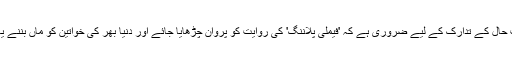
اخبار نے لکھا ہے کہ اس ممکنہ صورتِ حال کے تدارک کے لیے ضروری ہے کہ 'فیملی پلاننگ' کی روایت کو پروان چڑھایا جائے اور دنیا بھر کی خواتین کو ماں بننے یا نہ بننے کا فیصلہ خود کرنے دیا جائے۔